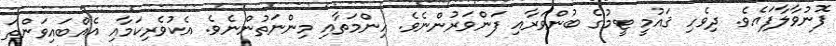
ފޮނުވާލާފައެވެ. ދިވެހި ޤައުމީ ޓީމުގެ ބުންވަރާއި ފަންވަރުންނެވެ. ހިންމަތާއި މިންނަތުންނެވެ. އެކުވެރިކަމާއި އެއްބައިވަންތަ